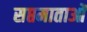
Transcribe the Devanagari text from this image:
सप्तमाताओं